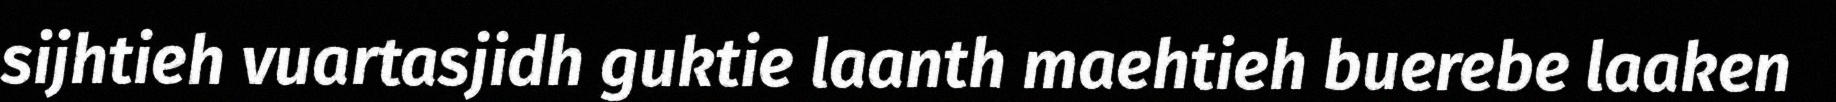
sijhtieh vuartasjidh guktie laanth maehtieh buerebe laaken